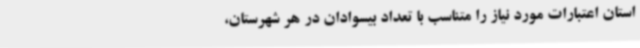
استان اعتبارات مورد نیاز را متناسب با تعداد بیسوادان در هر شهرستان،